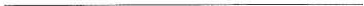
___